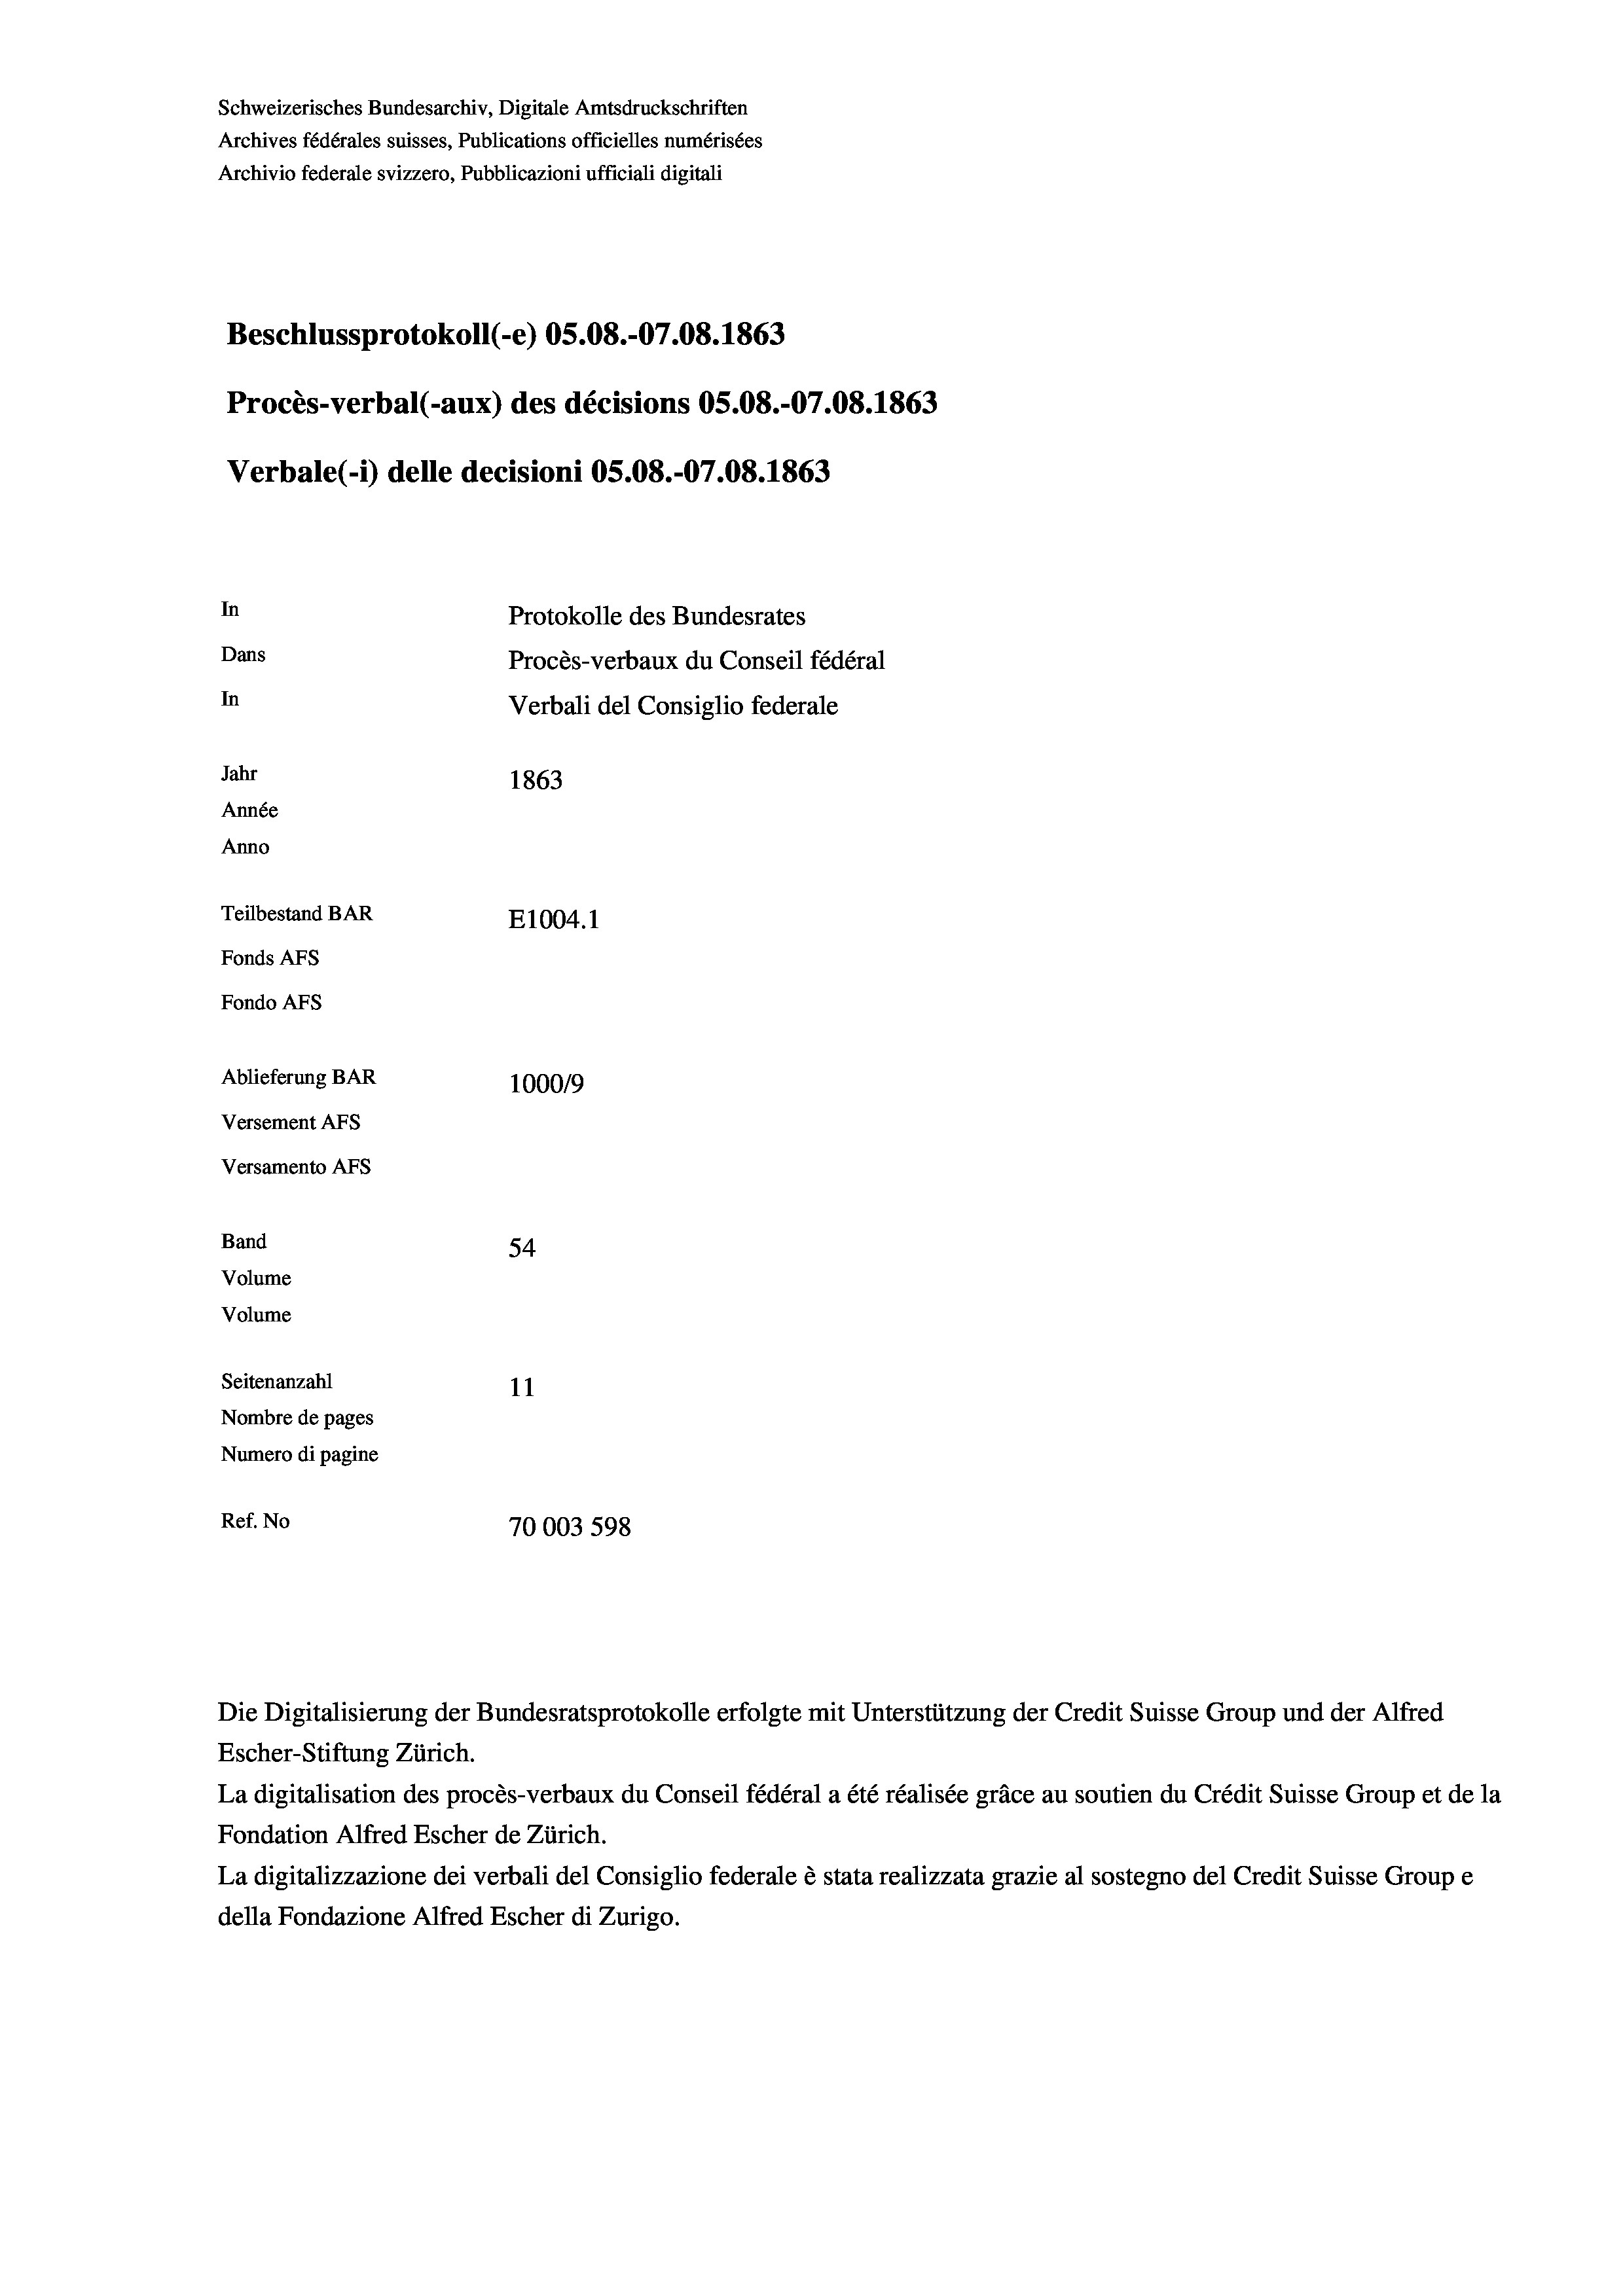
Schweizerisches Bundesarchiv, Digitale Amtsdruckschriften
Archives fédérales suisses, Publications officielles numérisées
Archivio federale svizzero, Pubblicazioni ufficiali digitali
Beschlussprotokoll (-e) OS.08.-07.08. 1863
Procès-verbal (-aux) des décisions OS.08.-07.08. 1863
Verbale (1) delle decisioni OS.08.-07.08. 1863
In
Protokolle des Bundesrates
Dans
Procès-verbaux du Conseil fédéral
In
Verbali del Consiglio federale
Jahr
1863
Année
Anno
Teilbestand BAR
E1004. 1
Fonds AFs
Fondo AFS
Ablieferung BAR
100019
Versement AFs
Versamento AFs
Band
54
Volume
Volume

11
Nombre de pages
Numero di pagine
Ref. No
70003 598

Seitenanzahl

Die Digitalisierung der Bundesratsprotokolle erfolgte mit Unterstützung der Credit Suisse Group und der Alfred
Escher-Stiftung Zürich.
La digitalisation des procès-verbaux du Conseil fédéral a été réalisée gräce au soutien du Crédit Suisse Group et de la
Fondation Alfred Escher de Zürich.
La digitalizzazione dei verbali del Consiglio federale è stata realizzata grazie al sostegno del Credit Suisse Groupe
della Fondazione Alfred Escher di Zurigo.